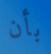
بأن